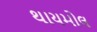
થાયમોલ